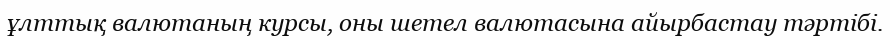
ұлттық валютаның курсы, оны шетел валютасына айырбастау тәртібі.